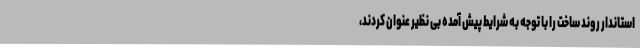
استاندار روند ساخت را با توجه به شرایط پیش آمده بی نظیر عنوان کردند،